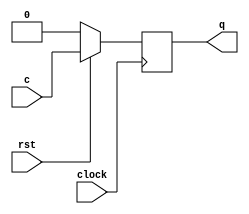
module d_ff(clock,c,rst,q);
	input clock,c,rst;
	output q;
	reg q;
	always @ (posedge clock)
	begin
		q <= c;
		if ( rst == 0 ) 
			q<=0;
	end
endmodule